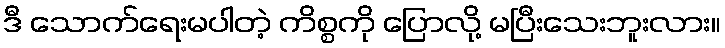
ဒီ သောက်ရေးမပါတဲ့ ကိစ္စကို ပြောလို့ မပြီးသေးဘူးလား။